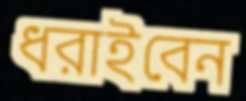
ধরাইবেন